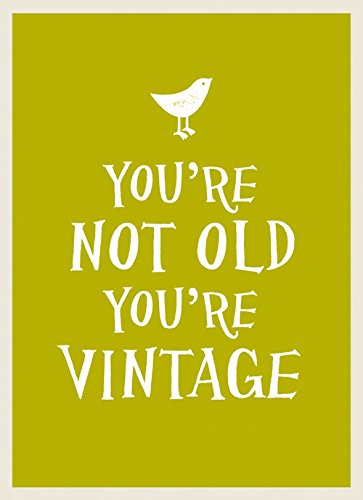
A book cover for You're Not Old, You're Vintage; Summersdale; Politics & Social Sciences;